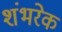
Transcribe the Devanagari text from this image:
शंभरेक